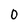
Character: 0